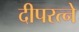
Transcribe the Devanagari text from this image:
दीपरत्ने